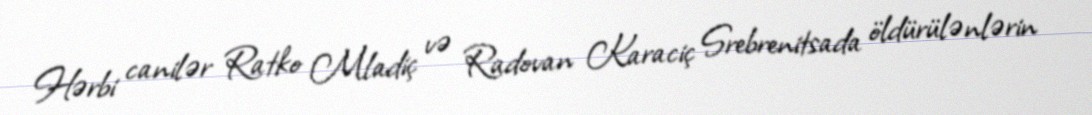
Hərbi canilər Ratko Mladiç və Radovan Karaciç Srebrenitsada öldürülənlərin